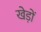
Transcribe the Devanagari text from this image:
खेड़ों